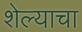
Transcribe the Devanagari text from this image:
शेल्याचा